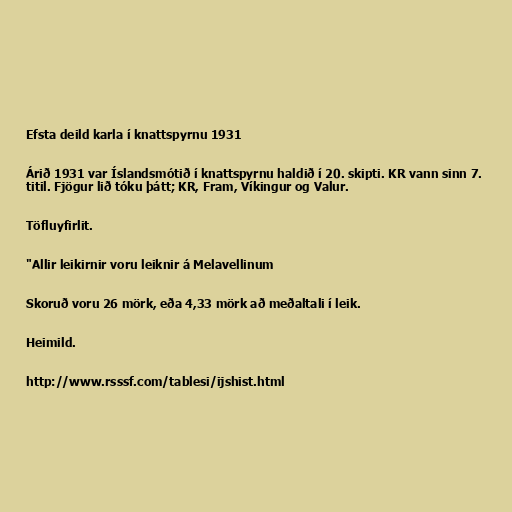
Efsta deild karla í knattspyrnu 1931

Árið 1931 var Íslandsmótið í knattspyrnu haldið í 20. skipti. KR vann sinn 7.
titil. Fjögur lið tóku þátt; KR, Fram, Víkingur og Valur.

Töfluyfirlit.

"Allir leikirnir voru leiknir á Melavellinum

Skoruð voru 26 mörk, eða 4,33 mörk að meðaltali í leik.

Heimild.

http://www.rsssf.com/tablesi/ijshist.html